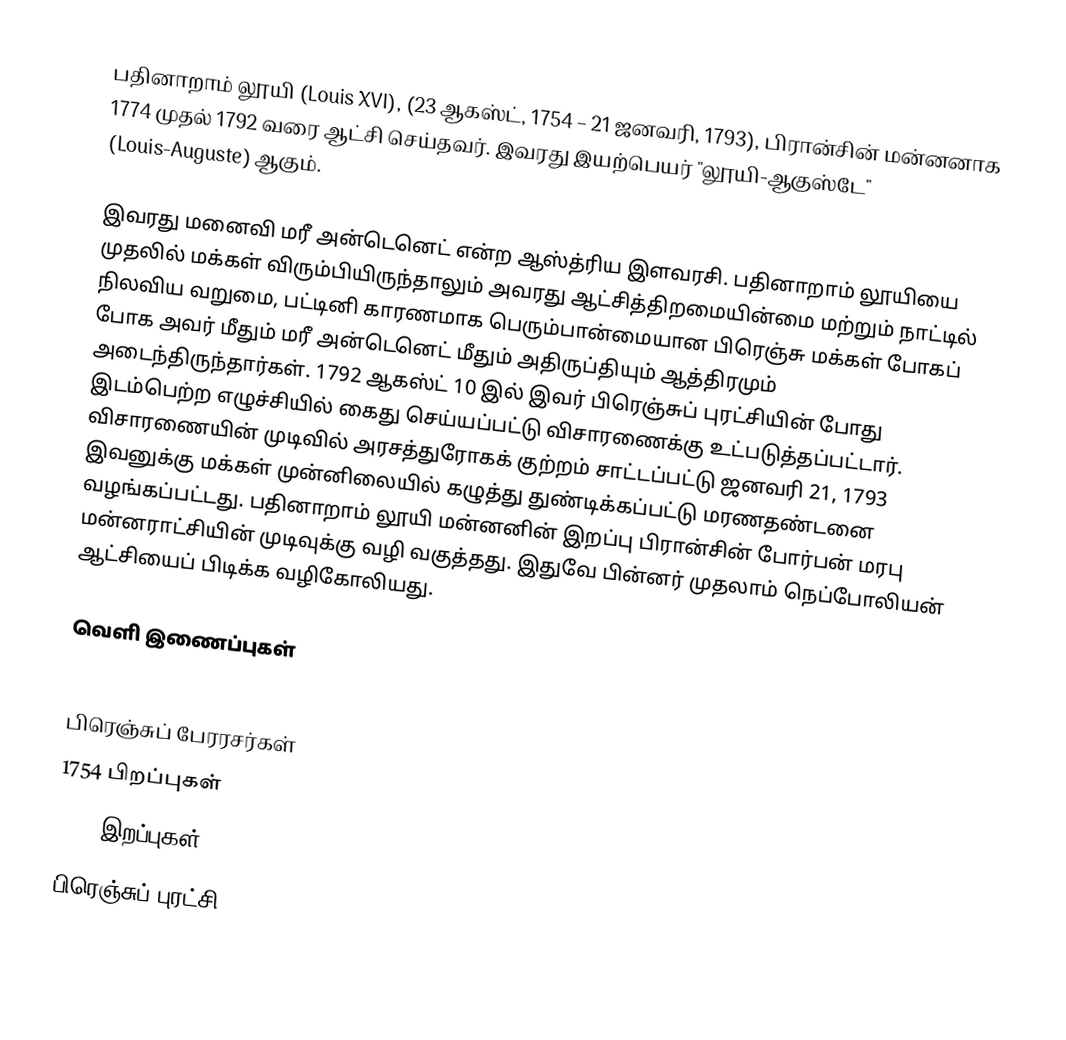
பதினாறாம் லூயி (Louis XVI), (23 ஆகஸ்ட், 1754 – 21 ஜனவரி, 1793), பிரான்சின் மன்னனாக 1774 முதல் 1792 வரை ஆட்சி செய்தவர். இவரது இயற்பெயர் "லூயி-ஆகுஸ்டே" (Louis-Auguste) ஆகும்.

இவரது மனைவி மரீ அன்டெனெட் என்ற ஆஸ்த்ரிய இளவரசி. பதினாறாம் லூயியை முதலில் மக்கள் விரும்பியிருந்தாலும் அவரது ஆட்சித்திறமையின்மை மற்றும் நாட்டில் நிலவிய வறுமை, பட்டினி காரணமாக பெரும்பான்மையான பிரெஞ்சு மக்கள் போகப் போக அவர் மீதும் மரீ அன்டெனெட் மீதும் அதிருப்தியும் ஆத்திரமும் அடைந்திருந்தார்கள். 1792 ஆகஸ்ட் 10 இல் இவர் பிரெஞ்சுப் புரட்சியின் போது இடம்பெற்ற எழுச்சியில் கைது செய்யப்பட்டு விசாரணைக்கு உட்படுத்தப்பட்டார். விசாரணையின் முடிவில் அரசத்துரோகக் குற்றம் சாட்டப்பட்டு ஜனவரி 21, 1793 இவனுக்கு மக்கள் முன்னிலையில் கழுத்து துண்டிக்கப்பட்டு மரணதண்டனை வழங்கப்பட்டது.   பதினாறாம் லூயி மன்னனின் இறப்பு பிரான்சின் போர்பன் மரபு மன்னராட்சியின் முடிவுக்கு வழி வகுத்தது. இதுவே பின்னர் முதலாம் நெப்போலியன் ஆட்சியைப் பிடிக்க வழிகோலியது.

வெளி இணைப்புகள்

பிரெஞ்சுப் பேரரசர்கள்
1754 பிறப்புகள்
1793 இறப்புகள்
பிரெஞ்சுப் புரட்சி